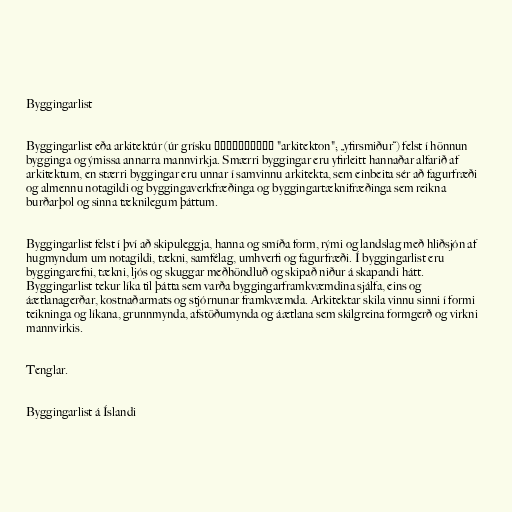
Byggingarlist

Byggingarlist eða arkitektúr (úr grísku ἀρχιτέκτων "arkitekton"; „yfirsmiður“) felst í hönnun
bygginga og ýmissa annarra mannvirkja. Smærri byggingar eru yfirleitt hannaðar alfarið af
arkitektum, en stærri byggingar eru unnar í samvinnu arkitekta, sem einbeita sér að fagurfræði
og almennu notagildi og byggingaverkfræðinga og byggingartæknifræðinga sem reikna
burðarþol og sinna tæknilegum þáttum.

Byggingarlist felst í því að skipuleggja, hanna og smíða form, rými og landslag með hliðsjón af
hugmyndum um notagildi, tækni, samfélag, umhverfi og fagurfræði. Í byggingarlist eru
byggingarefni, tækni, ljós og skuggar meðhöndluð og skipað niður á skapandi hátt.
Byggingarlist tekur líka til þátta sem varða byggingarframkvæmdina sjálfa, eins og
áætlanagerðar, kostnaðarmats og stjórnunar framkvæmda. Arkitektar skila vinnu sinni í formi
teikninga og líkana, grunnmynda, afstöðumynda og áætlana sem skilgreina formgerð og virkni
mannvirkis.

Tenglar.

Byggingarlist á Íslandi